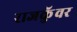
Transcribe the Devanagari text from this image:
राजकुॅवर